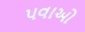
પવાઓ